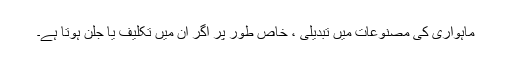
ماہواری کی مصنوعات میں تبدیلی ، خاص طور پر اگر ان میں تکلیف یا جلن ہوتا ہے۔